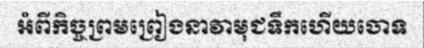
អំពីកិច្ចព្រមព្រៀងនាវាមុជទឹកហើយចោទ